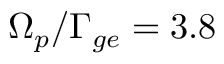
\Omega _ { p } / \Gamma _ { g e } = 3 . 8